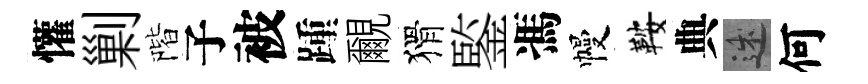
懽剿階子被踵覼猾鍳馮幔鞍典述何